Medical and sanitary report of the native army of Madras for the year
Year: 1876
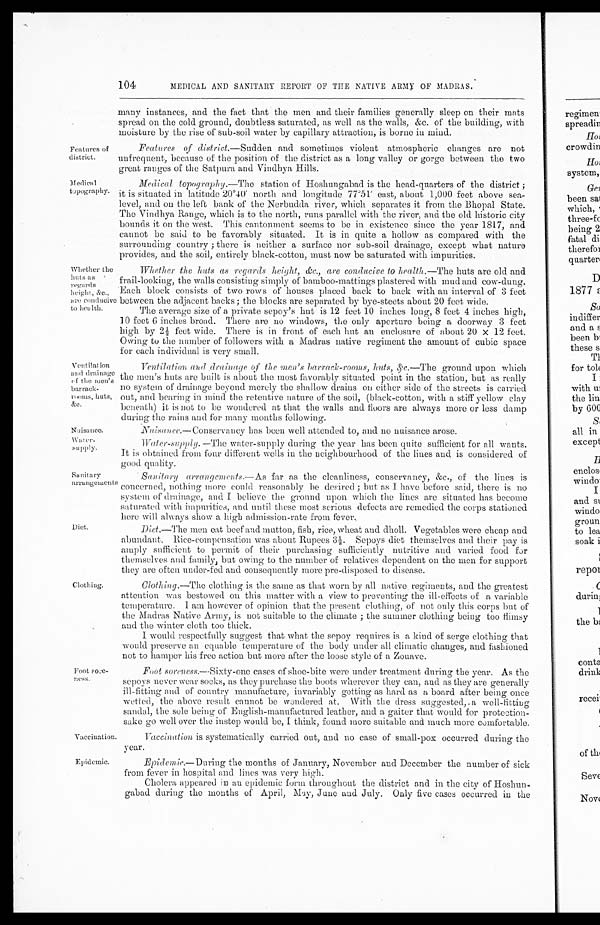
Features of
district.
Medical
topography.
Ventilation
and drainage
of the men's
barrack-
rooms, huts,
&c.
Nuisance.
Water-supply.
Sanitary
arrangements
104
MEDICAL AND SANITARY REPORT OF THE NATIVE ARMY OF MADRAS.
many instances, and the fact that the men and their families generally sleep on their mats
spread on the cold ground, doubtless saturated, as well as the walls, &c. of the building, with
moisture by the rise of sub-soil water by capillary attraction, is borne in mind.
Features of district.
—Sudden and sometimes violent atmospheric changes are not
unfrequent, because of the position of the district as a long valley or gorge between the two
great ranges of the Satpura and Vindhya Hills.
Medical topography.
—The station of Hoshungabad is the head-quarters of the district ;
it is situated in latitude 20º40' north and longitude 77º51' east, about 1,000 feet above sea-
level, and on the left bank of the Nerbudda river, which separates it from the Bhopal State.
The Vindhya Range, which is to the north, runs parallel with the river, and the old historic city
bounds it on the west. This cantonment seems to be in existence since the year 1817, and
cannot be said to be favorably situated. It is in quite a hollow as compared with the
surrounding country ; there is neither a surface nor sub-soil drainage, except what nature
provides, and the soil, entirely black-cotton, must now be saturated with impurities.
Whether the
huts as
regards
height, &c.,
are conducive
to health.
Diet.
Clothing.
Foot
sore-ness.
Vaccination.
Whether the huts as regards height, &c., are conducive to health .—The huts are old and
frail-looking, the walls consisting simply of bamboo-mattings plastered with mud and cow-dung.
Each block consists of two rows of houses placed back to back with an interval of 3 feet
between the adjacent backs ; the blocks are separated by bye-steets about 20 feet wide.
The average size of a private scpoy's hut is 12 feet 10 inches long, 8 feet 4 inches high,
10 feet 6 inches brood. There are no windows, the only aperture being a doorway 3 feet
high by 2½ feet wide. There is in front of each hut an enclosure of about 20 x 12 feet.
Owing to the number of followers with a Madras native regiment the amount of cubic space
for each individual is very small.
Ventilation and drainage of the men's barrack-rooms, huts, &c.—
The ground upon which
the men's huts are built is about the most favorably situated point in the station, but as really
no system of drainage beyond merely the shallow drains On either side of the streets is carried
out, and bearing in mind the retentive nature of the soil, (black-cotton, with a stiff yellow clay
beneath) it is not to be wondered at that the walls and floors are always more or less damp
during the rains and for many months following.
Nuisance.— Conservancy has been well attended to, and no nuisance arose.
Water-supply.
—The water-supply during the year has been quite sufficient for all wants.
It is obtained from four different wells in the neighbourhood of the lines and is considered of
good quality.
Sanitary arrangements.—
As far as the cleanliness, conservancy, &c., of the lines is
concerned, nothing more could reasonably be desired ; but as I have before said, there is no
system of drainage, and I believe the ground upon which the lines are situated has become
saturated with impurities, and until these most serious defects are remedied the corps stationed
here will always show a high admission-rate from fever.
Diet.— The men eat beef and mutton, fish, rice, wheat and. dholl. Vegetables were cheap and
abundant. Rice-compensation was about Rupees 3½. Sepoys diet themselves and their pay is
amply sufficient to permit of their purchasing sufficiently nutritive and varied food for
themselves and family, but owing to the number of relatives dependent on the men for support
they are often under-fed and consequently more pre-disposed to disease.
Clothing.
—The clothing is the same as that worn by all native regiments, and the greatest
attention was bestowed on this matter with a view to preventing the ill-effects of a variable
temperature. 1 am however of opinion that the present clothing, of not only this corps but of
the Madras Native Army, is not suitable to the climate ; the summer clothing being too flimsy
and the winter cloth too thick.
I would respectfully suggest that what the sepoy requires is a kind of serge clothing that
would preserve an equable temperature of the body under all climatic changes, and fashioned
not to hamper his free action but more after the loose style of a Zouave.
Foot soreness.—
Sixty-one cases of shoe-bite were under treatment during the year. As the
sepoys never wear socks, as they purchase the boots wherever they can, and as they are generally
ill-fitting and of country manufacture, invariably getting as hard as a board after being once
wetted, time above result cannot be wondered at. With the dress suggested, a well-fitting
sandal, the sole being of English-manufactured leather, and a gaiter that would for protection
-sake go well over the instep would be, I think, found more suitable and much more comfortable.
Vaccination is systematically carried out, and no case of small-pox occurred during the
year.
Epidemic.
Epidemic.— During the months of January, November and December the number of sick
from fever in hospital and lines was very high.
Cholera appeared in an epidemic form throughout the district and in the city of Hoshu
n-gabad during the months of April, May, June and July. Only five cases occurred in the